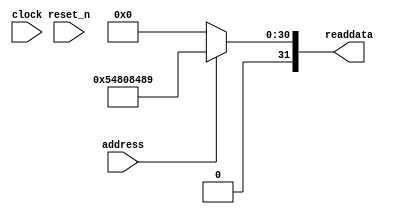
module SoC_sysid_qsys_0 (
                address,
                clock,
                reset_n,
                readdata
             )
;
  output  [ 31: 0] readdata;
  input            address;
  input            clock;
  input            reset_n;
  wire    [ 31: 0] readdata;
  assign readdata = address ? 1417708681 : 0;
endmodule